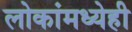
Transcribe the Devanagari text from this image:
लोकांमध्येही